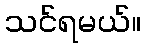
သင်ရမယ်။